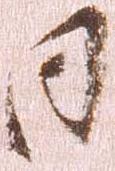
日